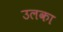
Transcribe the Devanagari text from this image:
उलका